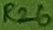
Text: R26